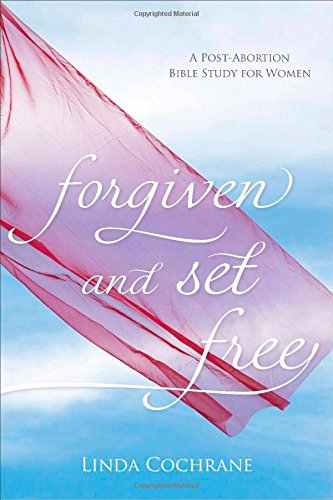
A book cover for Forgiven and Set Free: A Post-Abortion Bible Study for Women; Linda Cochrane; Christian Books & Bibles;